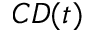
C D ( t )